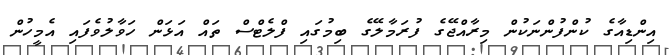
އިންޑިއާގެ ކުންފުންނަކުން މިރާއްޖޭގެ ފުރަމާލޭގެ ބިމުގައި ފްލެޓްސް ތައް އަޅަން ހަވާލުވެފައި އެމީހުން